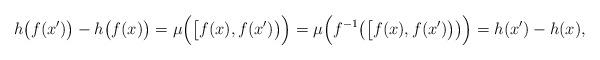
LaTeX: \begin{align*} h\big(f(x') \big)-h\big(f(x) \big) =\mu\Big(\big[f(x),f(x')\big)\Big)=\mu\Big(f^{-1}\big(\big[f(x),f(x')\big)\big)\Big)=h(x')-h(x), \end{align*}